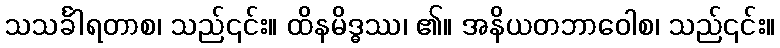
သသင်္ခါရတာစ၊ သည်၎င်း။ ထိနမိဒ္ဓဿ၊ ၏။ အနိယတဘာဝေါစ၊ သည်၎င်း။